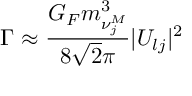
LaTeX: \Gamma \approx \frac { G _ { F } m _ { \nu _ { j } ^ { M } } ^ { 3 } } { 8 \sqrt { 2 } \pi } | U _ { l j } | ^ { 2 }